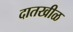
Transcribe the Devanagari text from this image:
दातखीळ